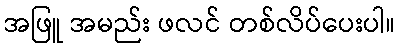
အဖြူ အမည်း ဖလင် တစ်လိပ်ပေးပါ။